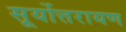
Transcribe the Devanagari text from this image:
सूर्योत्तरायण